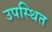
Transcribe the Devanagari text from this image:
उपस्थित